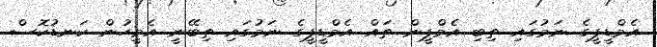
އެމްޑީޕީގެ ނަމުގައި ތިބި އެމްޕީން ތައް އެމްޑީޕީގެ ނަމުގައި ތިބޭނީ އެމީހުން ކަނޑުކޮސް